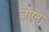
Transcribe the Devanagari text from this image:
जेएन